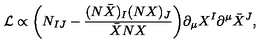
{ \cal L } \propto \bigg ( N _ { I J } - \frac { ( N \bar { X } ) _ { I } ( N X ) _ { J } } { \bar { X } N X } \bigg ) \partial _ { \mu } X ^ { I } \partial ^ { \mu } \bar { X } ^ { J } ,